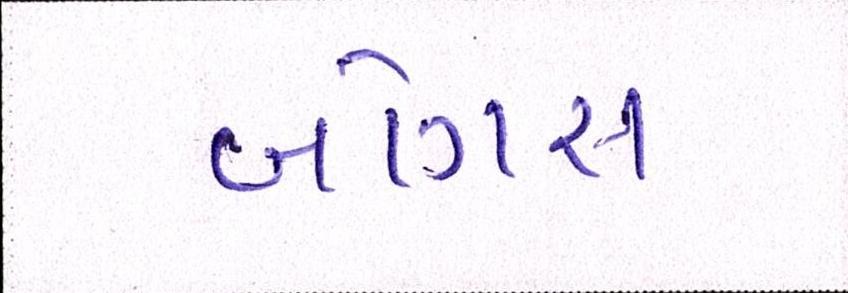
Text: બોગસ